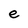
Character: e